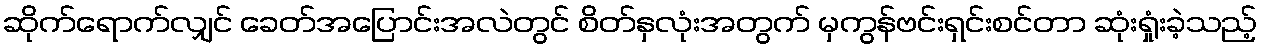
ဆိုက်ရောက်လျှင် ခေတ်အပြောင်းအလဲတွင် စိတ်နှလုံးအတွက် မှကွန်ဗင်းရှင်းစင်တာ ဆုံးရှုံးခဲ့သည့်